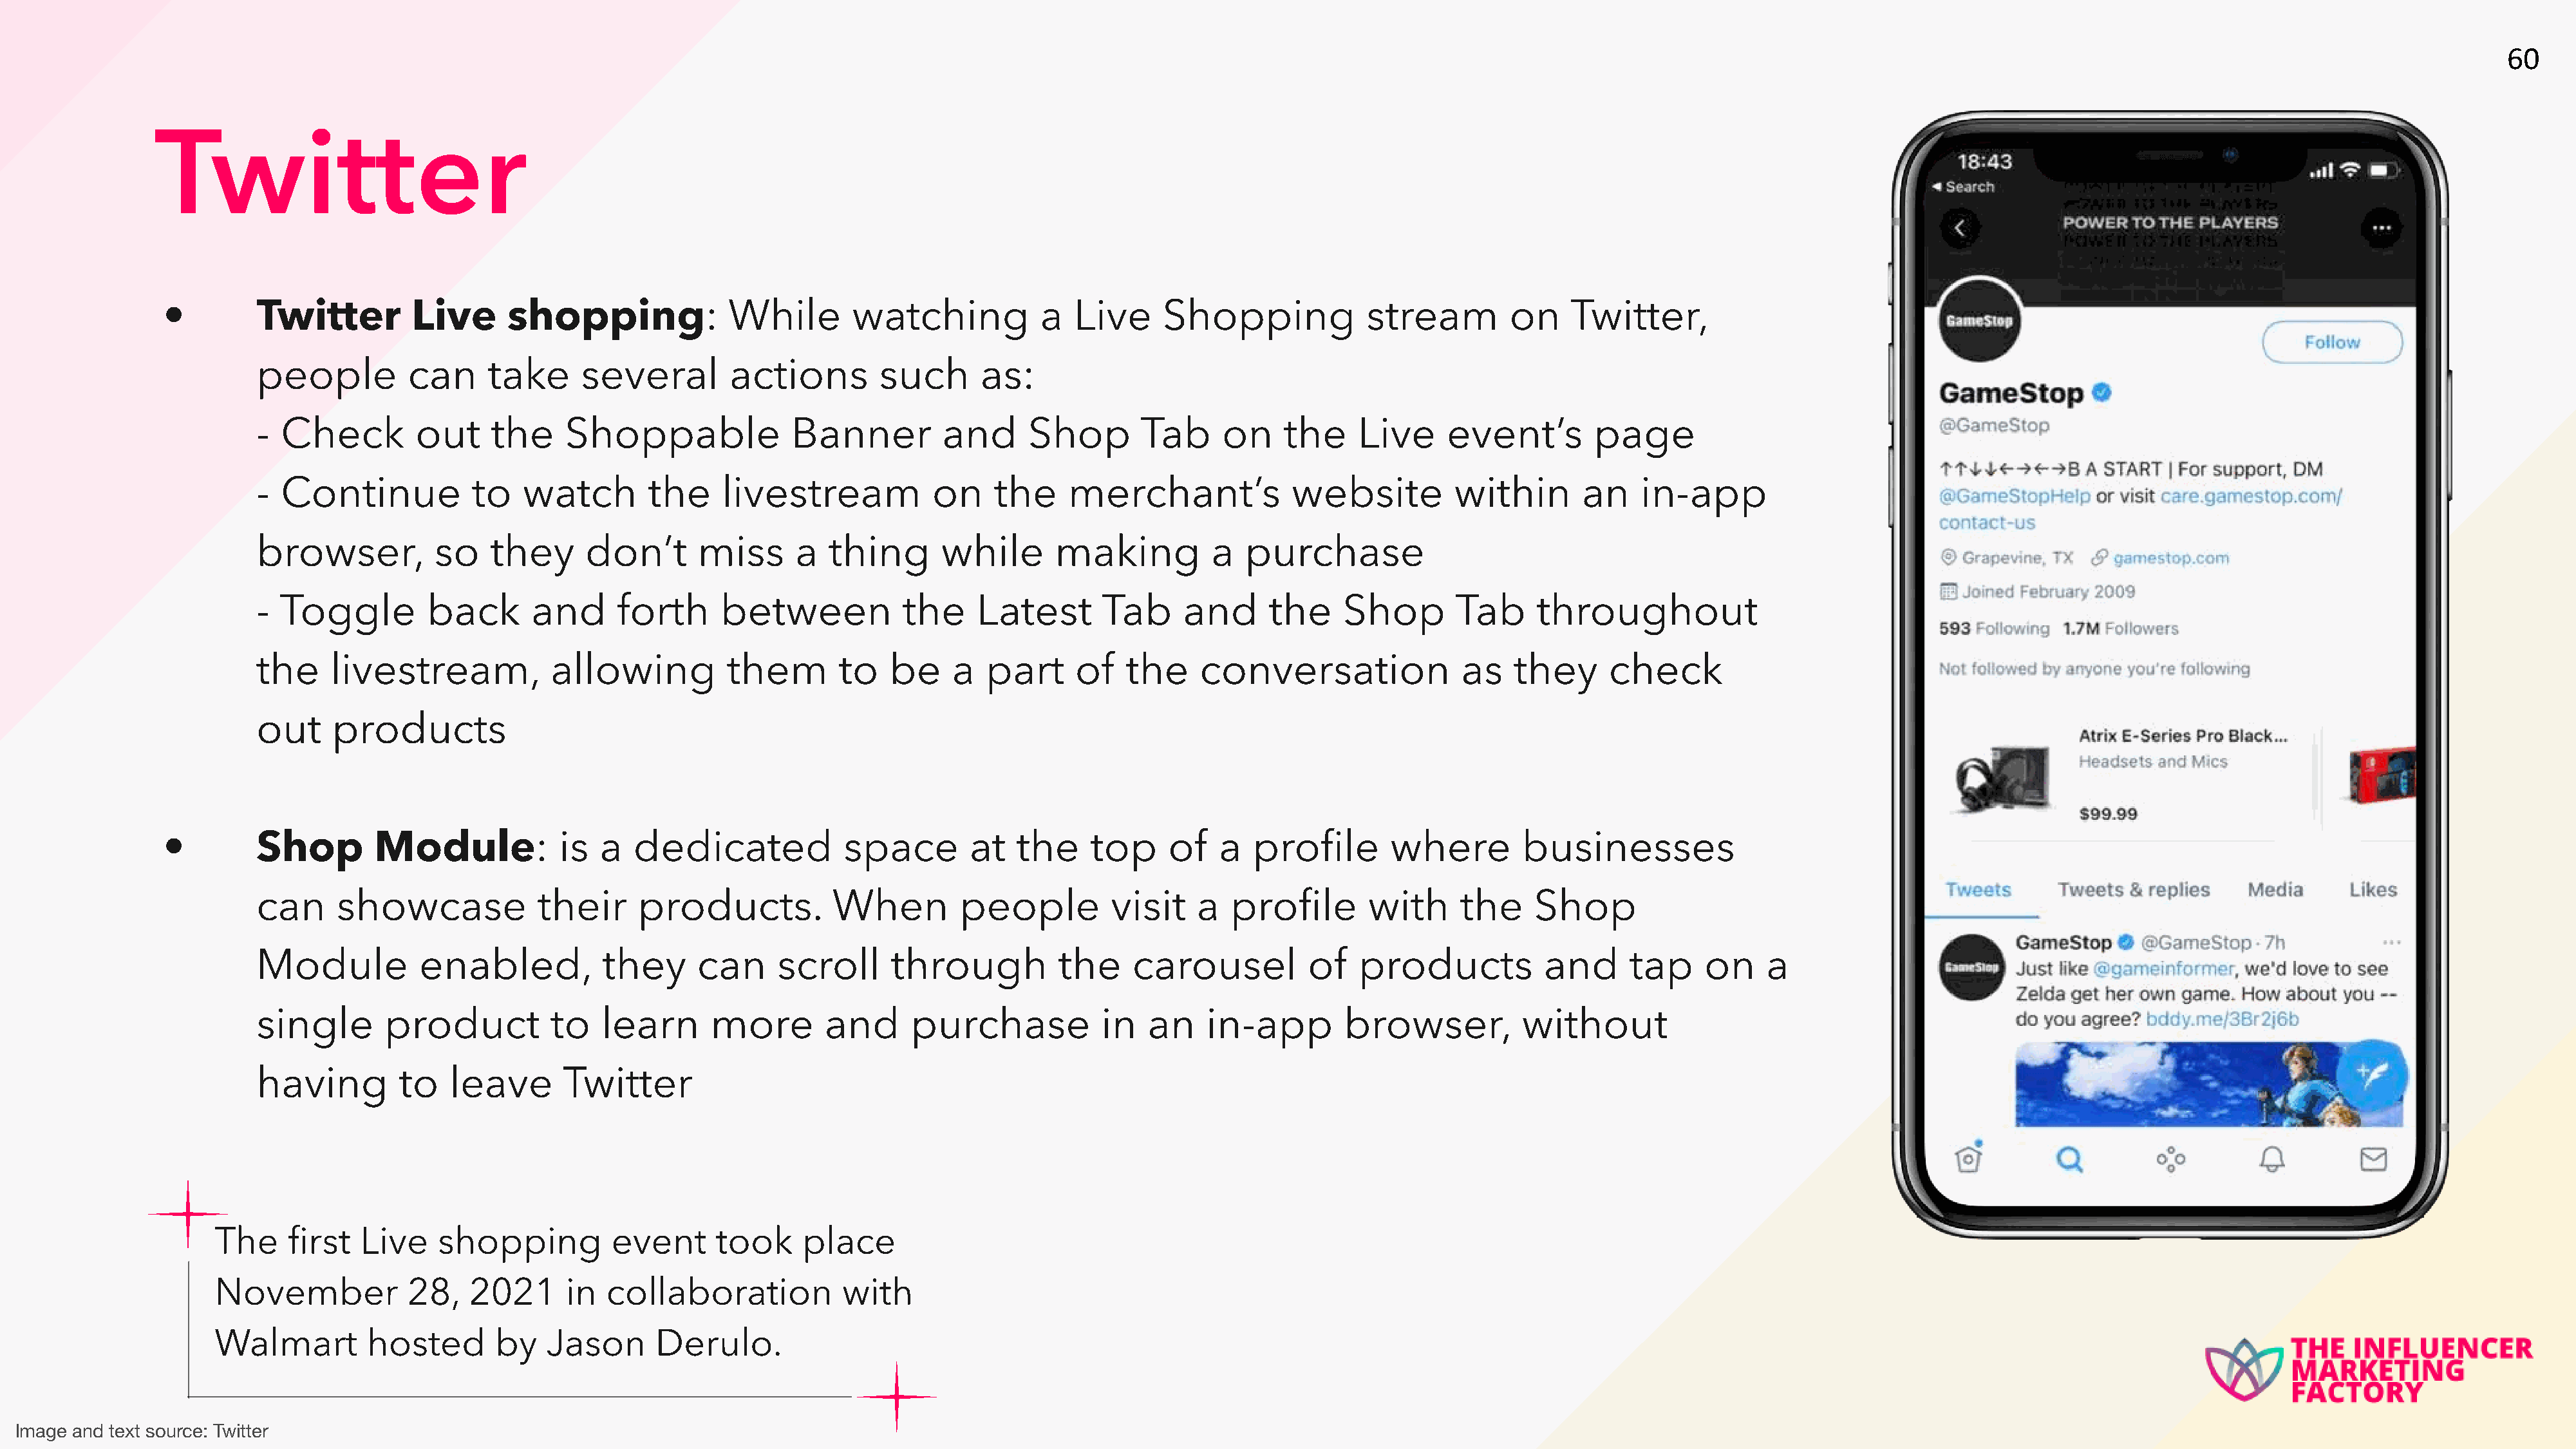
60
 Twitter
 •        Twitter         Live      shopping:              While        watching           a  Live      Shopping            stream         on    Twitter,
 people          can     take      several        actions        such       as:
 -  Check         out    the     Shoppable              Banner          and      Shop       Tab      on    the     Live     event’s        page
 -  Continue            to   watch        the    livestream            on    the     merchant’s             website         within        an    in-app
 browser,           so   they      don’t       miss      a  thing       while      making           a  purchase
 -  Toggle         back       and     forth      between            the    Latest       Tab      and     the     Shop        Tab     throughout
 the     livestream,            allowing          them       to   be     a  part      of   the    conversation               as    they     check
 out     products
 •        Shop        Module:            is   a  dedicated             space        at  the     top     of   a   profile       where        businesses
 can      showcase            their      products.           When         people         visit    a  profile        with     the     Shop
 Module           enabled,           they      can     scroll      through          the    carousel          of    products           and      tap    on     a
 single        product          to   learn      more        and      purchase           in   an    in-app        browser,          without
 having         to   leave       Twitter
 The     first  Live    shopping          event      took    place
 November            28,   2021      in  collaboration            with
 Walmart         hosted       by   Jason      Derulo.
 Image and text source: Twitter